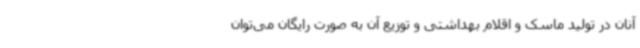
آنان در تولید ماسک و اقلام بهداشتی و توزیع آن به صورت رایگان می‌توان